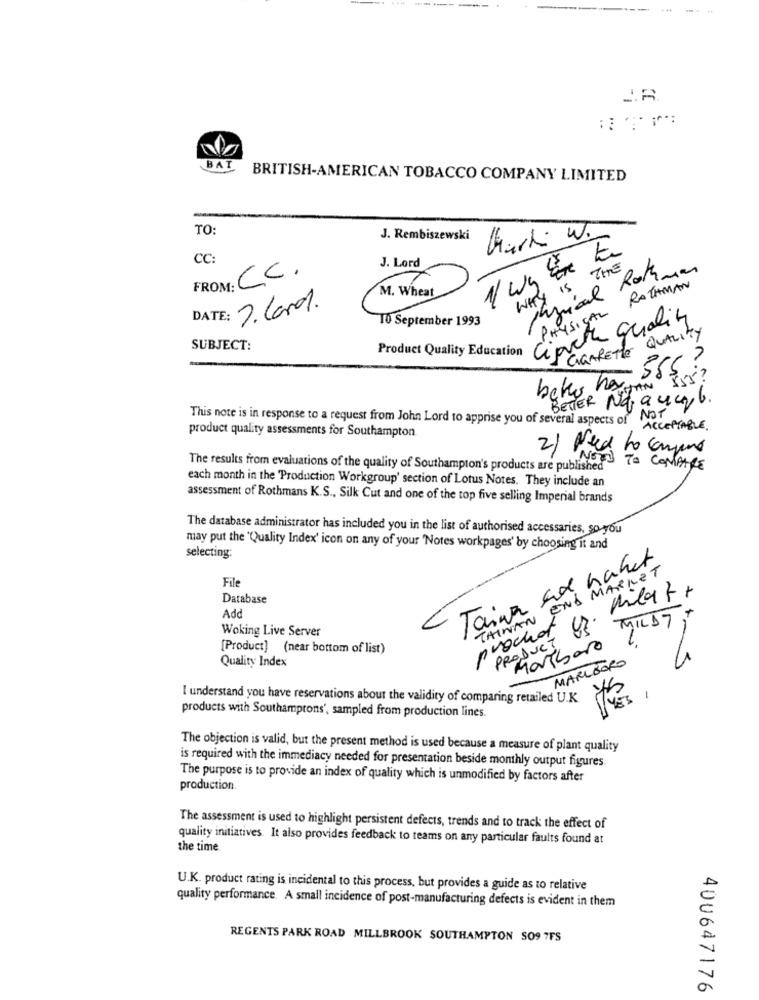
. ..
BAT
BRITISH-AMERICAN TOBACCO COMPANY LIMITED
TO
J. Rembiszewski
CC:
FROM: CC.
J. Lord
Physical Rothman
IS THE
ROTHMAN
M. Wheat
WHY
7. Card.
PHYSICAL
10 September 1993
Cipucthe quality
CIGARETTE QUALITY
SUBJECT:
Product Quality Education
beker haJAN Iss?
BETTER No a wayb.
NOT
This note is in response to a request from John Lord to apprise you of several aspects of ACCEPTABLE.
product quality assessments for Southampton
2) Need to compound
The results from evaluations of the quality of Southampton's products are published
NOTES TO COMPARE
each month in the 'Production Workgroup' section of Lotus Notes. They include an
assessment of Rothmans K.S ., Silk Cut and one of the top five selling Imperial brands
The database administrator has included you in the list of authorised accessaries, so you
may put the 'Quality Index' icon on any of your "Notes workpages' by choosing it and
selecting:
Taiwan ad hahet
TAIWAN END MARKET
File
matt
Database
Add
MILD7 ,"
Woking Live Server
prochat vs.
PRODUCT
[Product] (near bottom of list)
Mombaro
MARLBORO
Quality Index
I understand you have reservations about the validity of comparing retailed U.K.
YES
-
products with Southamptons', sampled from production lines.
The objection is valid, but the present method is used because a measure of plant quality
is required with the immediacy needed for presentation beside monthly output figures.
The purpose is to provide an index of quality which is unmodified by factors after
production.
The assessment is used to highlight persistent defects, trends and to track the effect of
quality initiatives. It also provides feedback to teams on any particular faults found at
the time
U.K. product rating is incidental to this process, but provides a guide as to relative
quality performance. A small incidence of post-manufacturing defects is evident in them
REGENTS PARK ROAD MILLBROOK SOUTHAMPTON SO9 7FS
400647176